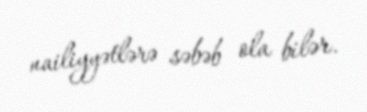
nailiyyətlərə səbəb ola bilər.